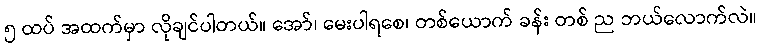
၅ ထပ် အထက်မှာ လိုချင်ပါတယ်။ အော်၊ မေးပါရစေ၊ တစ်ယောက် ခန်း တစ် ည ဘယ်လောက်လဲ။